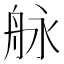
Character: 𦨬